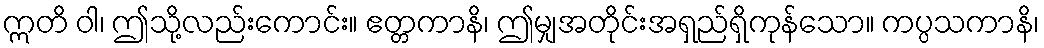
ဣတိ ဝါ၊ ဤသို့လည်းကောင်း။ ဧတ္တကာနိ၊ ဤမျှအတိုင်းအရှည်ရှိကုန်သော။ ကပ္ပသကာနိ၊